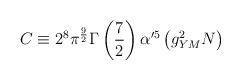
LaTeX: \begin{align*}C \equiv 2^8 \pi^{9 \over 2} \Gamma \left({7 \over 2}\right) \alpha'^5 \left( g_{YM}^2 N \right)\end{align*}